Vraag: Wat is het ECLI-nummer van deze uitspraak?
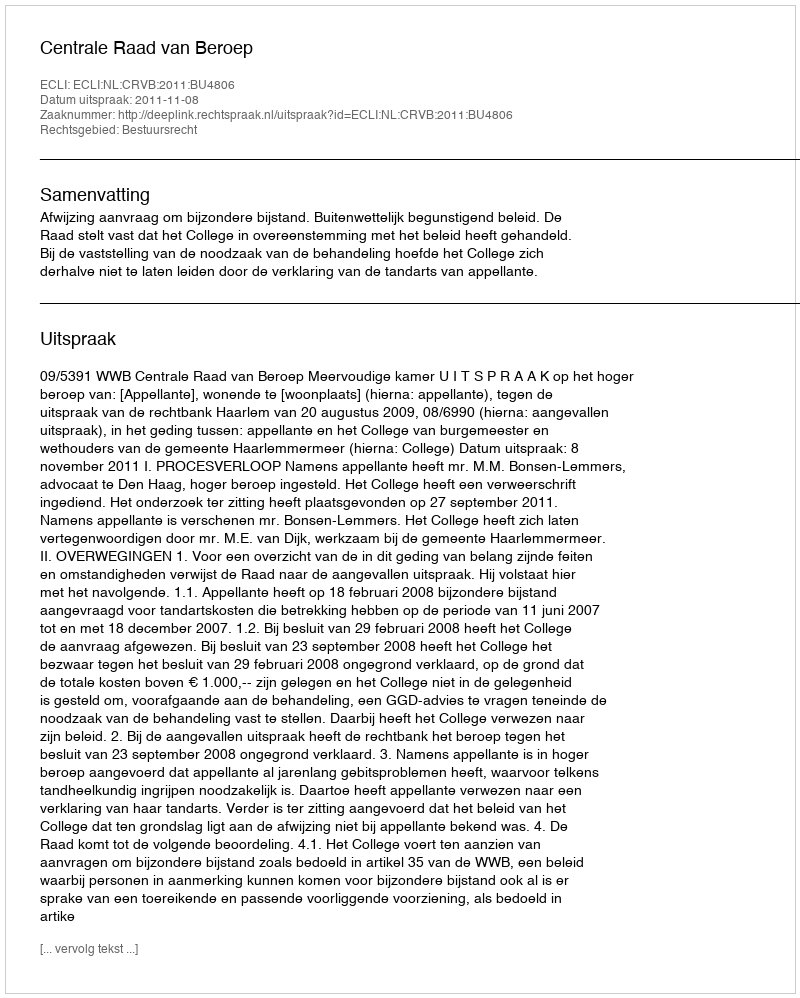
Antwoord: ECLI:NL:CRVB:2011:BU4806